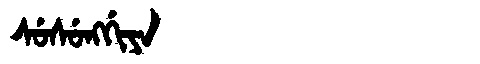
Manchu: ᠰᡠᠰᡠᠩᡤᡳᠶᠠ
Romanization: SUSUNGGIYA